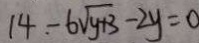
1 4 - 6 \sqrt { y + 3 } - 2 y = 0